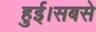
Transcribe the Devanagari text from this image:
हुई।सबसे